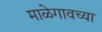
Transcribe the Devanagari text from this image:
माळेगावच्या